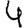
Digit: 4